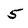
Character: 5